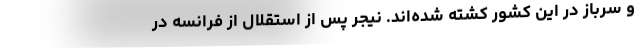
و سرباز در این کشور کشته شده‌اند. نیجر پس از استقلال از فرانسه در